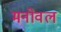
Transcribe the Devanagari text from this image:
मनोवल